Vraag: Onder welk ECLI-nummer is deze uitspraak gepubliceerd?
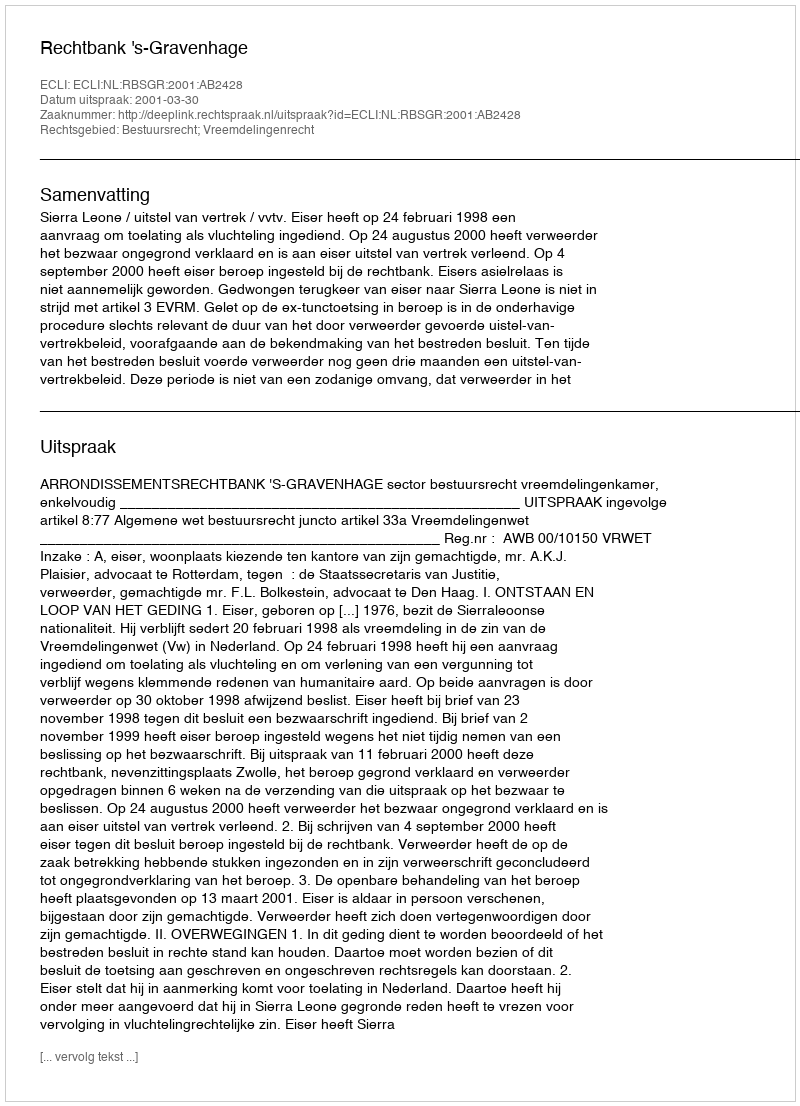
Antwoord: ECLI:NL:RBSGR:2001:AB2428